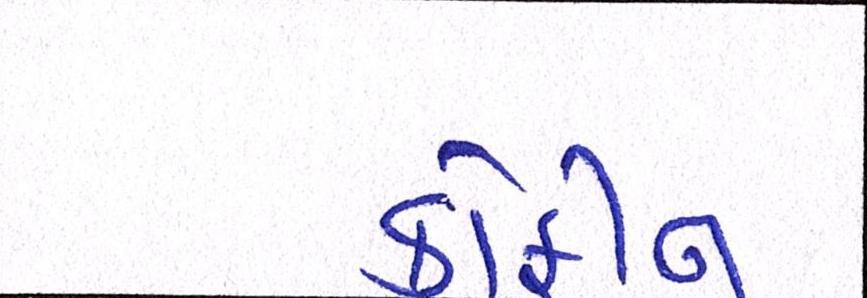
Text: કોફીન